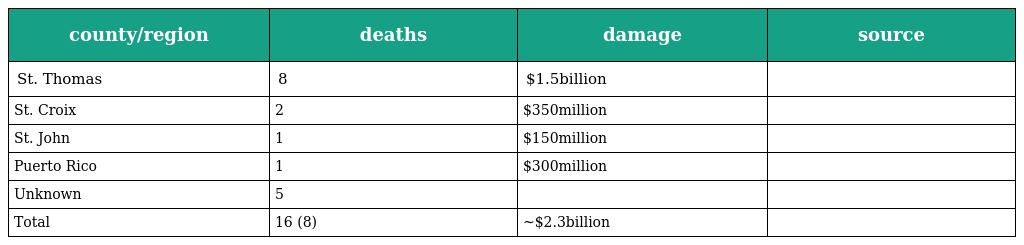
| county/region | deaths | damage | source |
 | --- | --- | --- | --- |
 | St. Thomas | 8 | $1.5billion |  |
 | St. Croix | 2 | $350million |  |
 | St. John | 1 | $150million |  |
 | Puerto Rico | 1 | $300million |  |
 | Unknown | 5 |  |  |
 | Total | 16 (8) | ~$2.3billion |  |